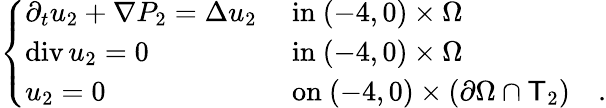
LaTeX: \begin{array}{r}{\left\{ \begin{array}{ll}{\partial_{t}u_{2}+\nabla P_{2}=\Delta u_{2}}&{\mathrm{~in~}(-4,0)\times\Omega}\\ {\operatorname{div}u_{2}=0}&{\mathrm{~in~}(-4,0)\times\Omega}\\ {u_{2}=0}&{\mathrm{~on~}(-4,0)\times(\partial\Omega\cap\mathsf T_{2})\quad.}\end{array}\right.}\end{array}